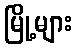
မြို့များ